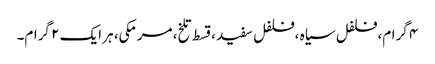
۴ گرام، فلفل سیاہ ،فلفل سفید ،قسط تلخ، مرمکی، ہر ایک ۲ گرام۔